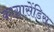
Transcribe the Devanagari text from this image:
काग्नासेंडिस